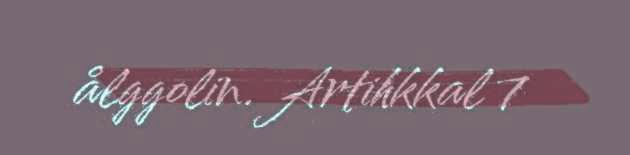
ålggolin. Artihkkal 7